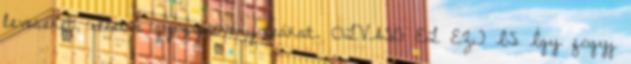
leveseket, illetve gyógynövény-teákat. OLVASD EL EZT IS Így fogyj